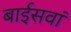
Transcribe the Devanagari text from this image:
बाईसवां